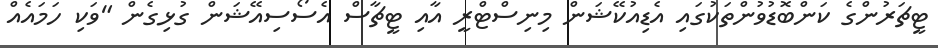
ޓީޗަރުންގެ ކަންބޮޑުވުންތަކުގައި އެޑިއުކޭޝަން މިނިސްޓްރީ އާއި ޓީޗާސް އެސޯސިއޭޝަން ގުޅިގެން "ވަކި ހަމައެއް